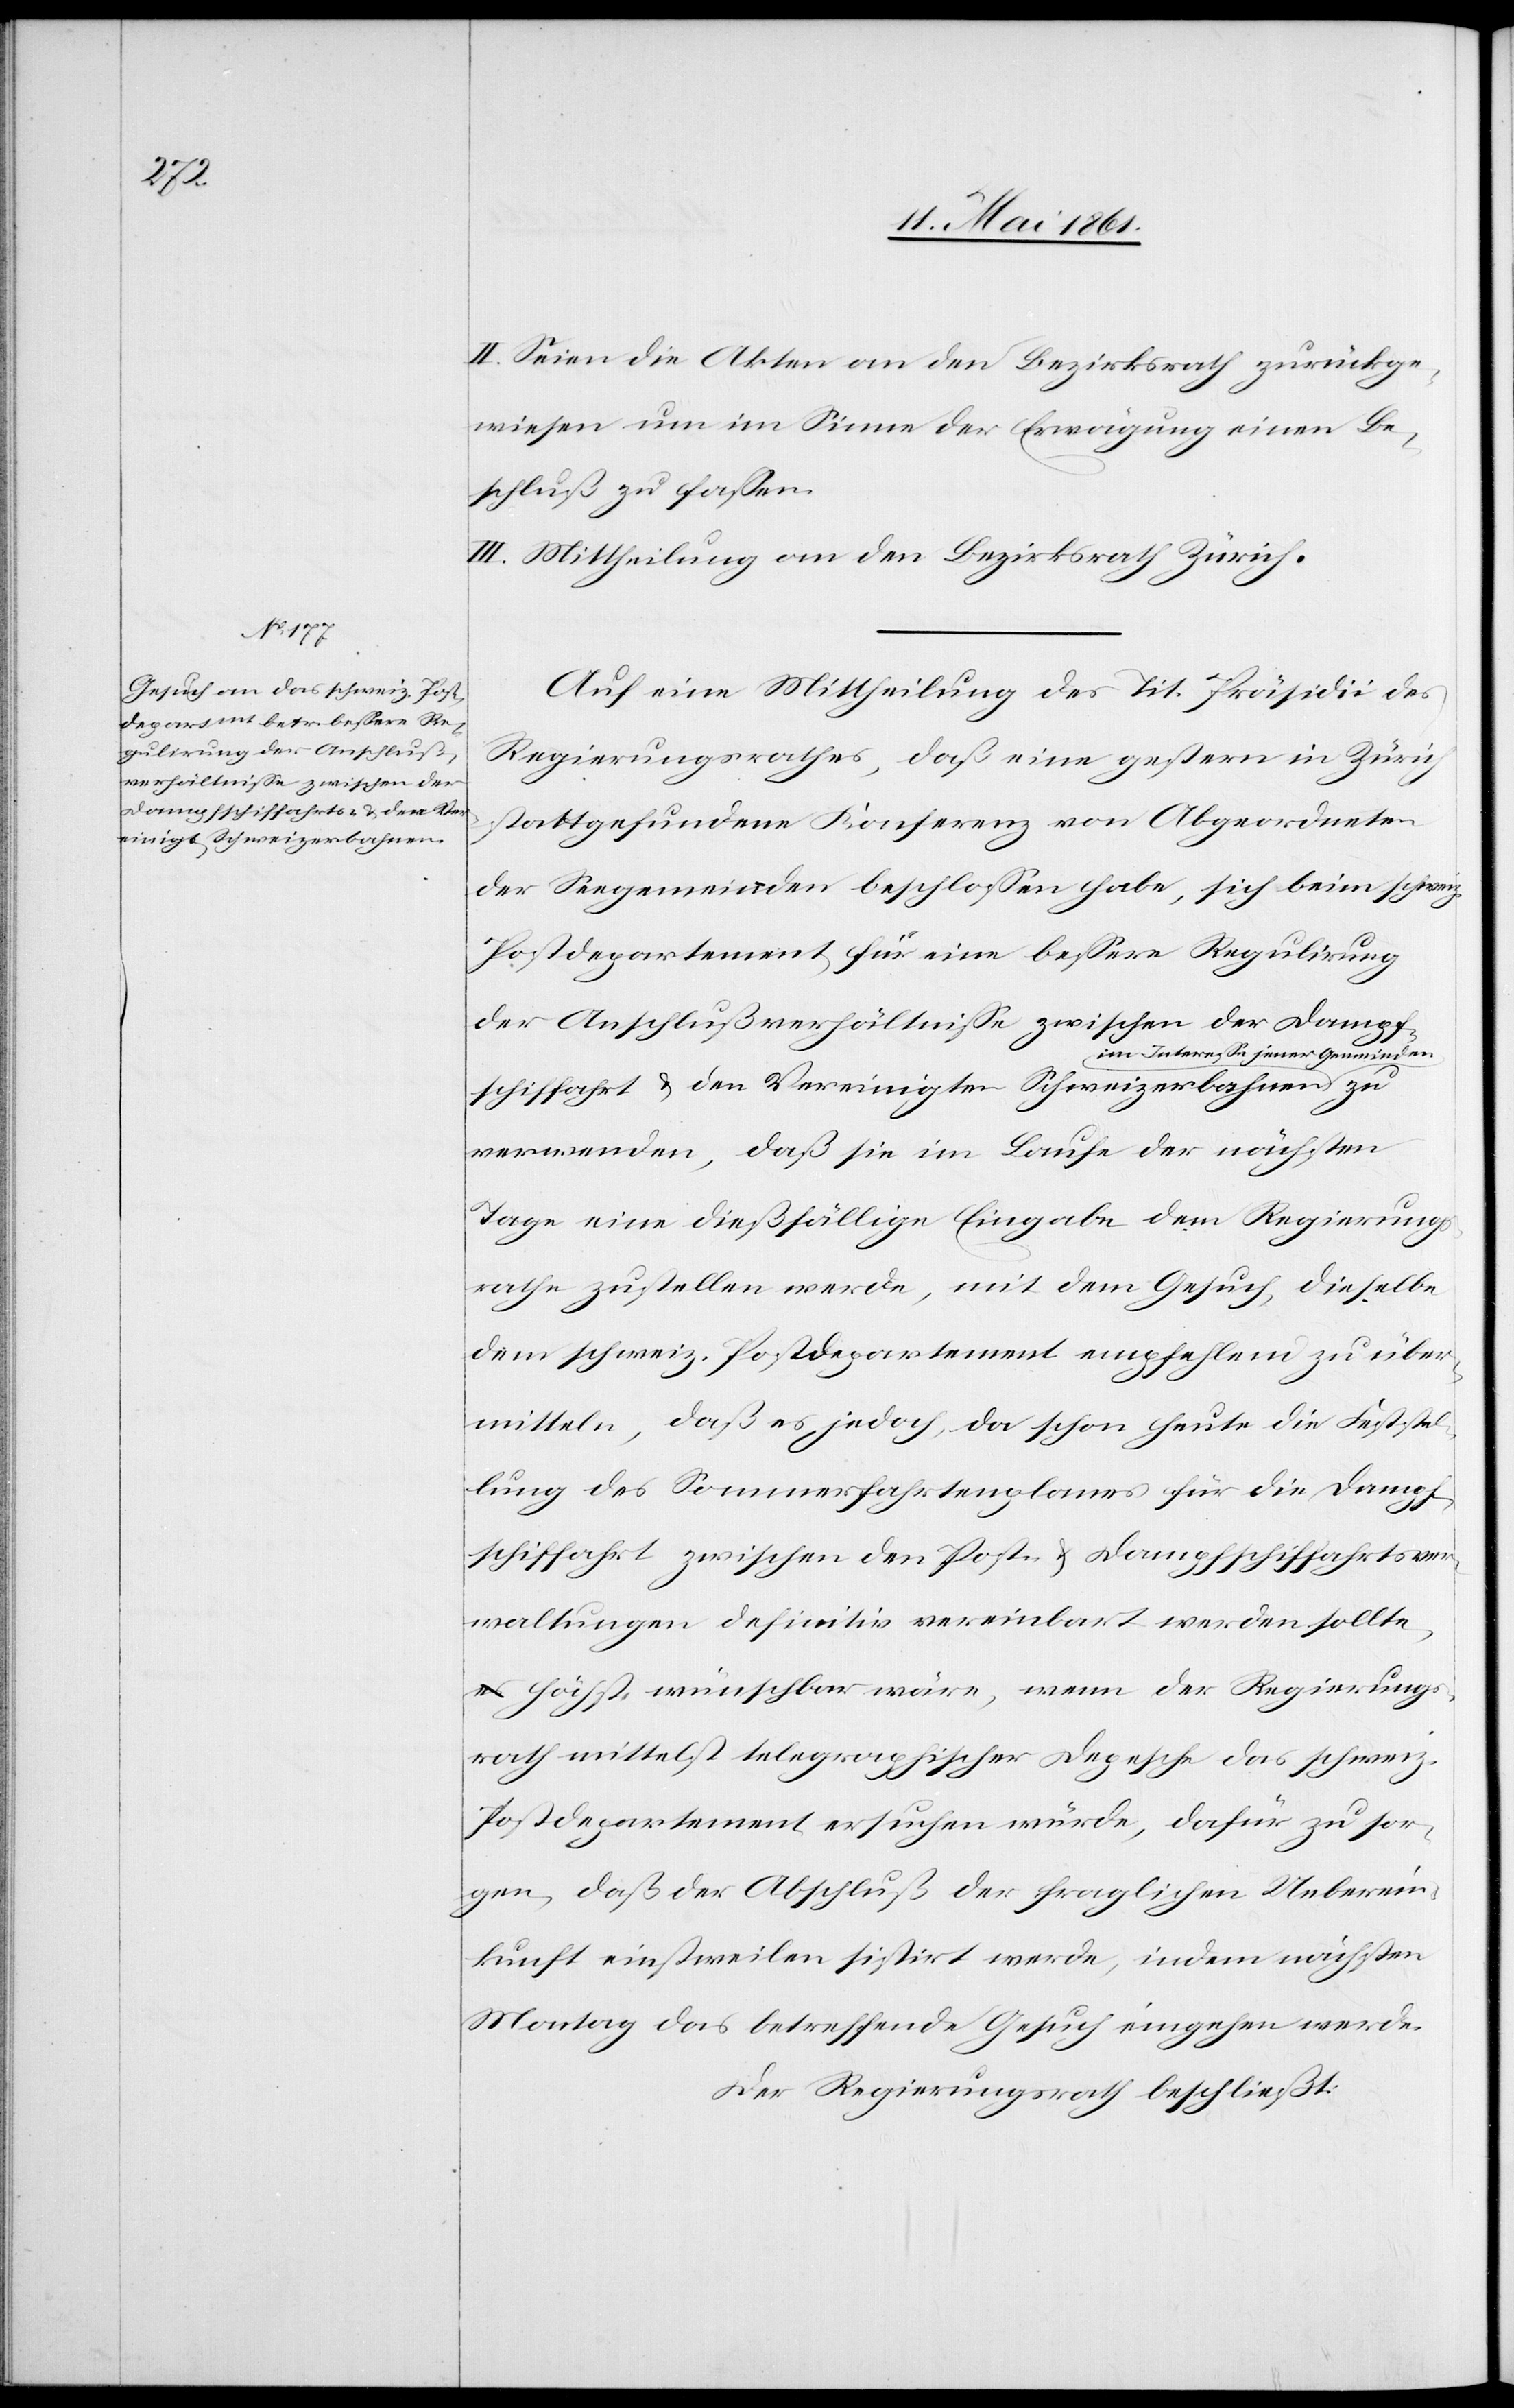
fschiffahrt- u. den Ve¬
reinigten Schweizerbahnen

II. Seien die Akten an den Bezirksrath zurückge¬
wiesen um im Sinne der Erwägung einen Be¬
schluß zu fassen.
III. Mittheilung an den Bezirksrath Zürich.
Auf eine Mittheilung des Tit. Präsidii des
Regierungsrathes, daß eine gestern in Zürich
stattgefundene Konferenz von Abgeordneten
der Seegemeinden beschlossen habe, sich beim schweiz.
Postdepartement für eine bessere Regulirung
der Anschlußverhältnisse zwischen der Damp¬
im Interesse jener Gemeinden
verwenden, daß sie im Laufe der nächsten
Tage eine dießfällige Eingabe dem Regierungs¬
rathe zustellen werde, mit dem Gesuch, dieselbe
dem schweiz. Postdepartement empfehlend zu über¬
mitteln, daß es jedoch, da schon heute die Feststel¬
lung des Sommerfahrtenplanes für die Dampf¬
schiffahrt zwischen den post- u. Dampfschiffahrtsver¬
waltungen definitiv vereinbart werden sollt¬
e, höchst wünschbar wäre, wenn der Regierungs¬
rath mittelst telegraphischer Depesche das schweiz.
Postdepartement ersuchen würde, dafür zu sor¬
gen, daß der Abschluß der fraglichen Ueberein¬
kunft einstweilen sistirt werde, indem nächsten
Montag das betreffende Gesuch eingehen werde.
Der Regierungsrath beschließt: